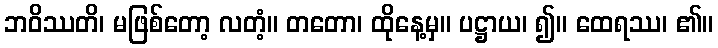
ဘဝိဿတိ၊ မဖြစ်တော့ လတံ့။ တတော၊ ထိုနေ့မှ။ ပဋ္ဌာယ၊ ၍။ ထေရဿ၊ ၏။